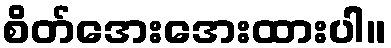
စိတ်အေးအေးထားပါ။